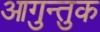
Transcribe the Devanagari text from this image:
आगुन्तुक